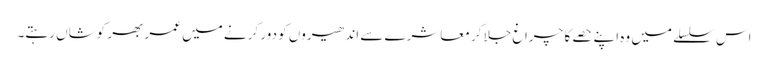
اس سلسلے میں وہ اپنے حصے کا چراغ جلا کر معاشرے سے اندھیروں کو دور کرنے میں عمر بھر کوشاں رہتے۔